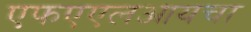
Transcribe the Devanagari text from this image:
एफएएलआयचा